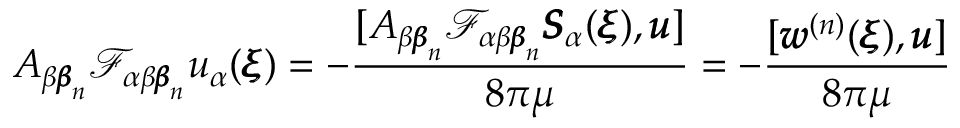
A _ { \beta { \pmb \beta } _ { n } } \mathcal { F } _ { \alpha \beta { \pmb \beta } _ { n } } u _ { \alpha } ( { \pmb \xi } ) = - \frac { [ A _ { \beta { \pmb \beta } _ { n } } \mathcal { F } _ { \alpha \beta { \pmb \beta } _ { n } } { \pmb S } _ { \alpha } ( { \pmb \xi } ) , { \pmb u } ] } { 8 \pi \mu } = - \frac { [ { \pmb w } ^ { ( n ) } ( { \pmb \xi } ) , { \pmb u } ] } { 8 \pi \mu }